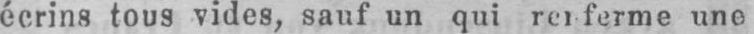
écrins tous vides, sauf un qui ferme une